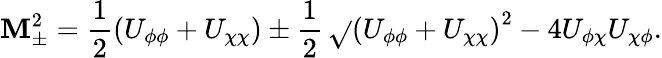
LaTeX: \mathbf{M}_{\pm}^{2}=\frac{{1}}{{2}}\left(U_{\phi\phi}+U_{\chi\chi}\right)\pm\frac{{1}}{{2}}\, \sqrt{}{{\left(U_{\phi\phi}+U_{\chi\chi}\right)^{2}-4U_{\phi\chi}U_{\chi\phi}}}.